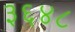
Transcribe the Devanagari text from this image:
३६४८